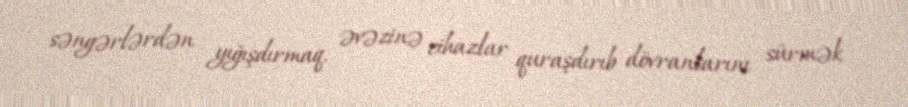
səngərlərdən yığışdırmaq, əvəzinə cihazlar quraşdırıb dövranlarını sürmək